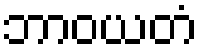
ဘာဝယတံ